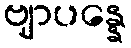
ဗျာပန္နေ